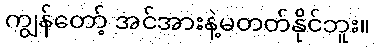
ကျွန်တော့် အင်အားနဲ့မတတ်နိုင်ဘူး။